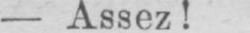
- Assez!